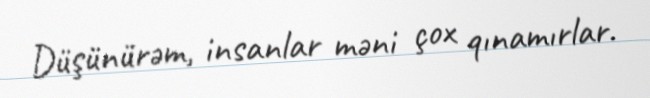
Düşünürəm, insanlar məni çox qınamırlar.